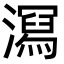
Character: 㵼